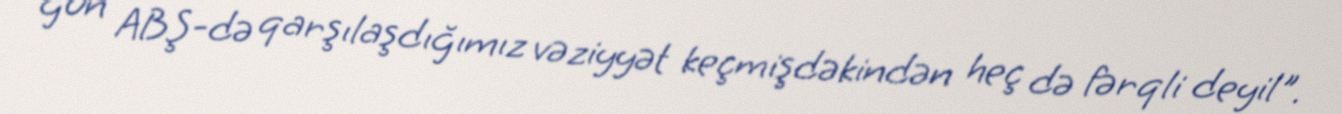
gün ABŞ-də qarşılaşdığımız vəziyyət keçmişdəkindən heç də fərqli deyil".